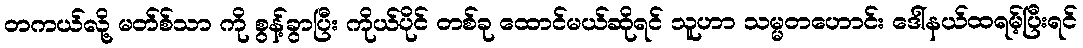
တကယ်လို့ မတ်စ်သာ ကို စွန့်ခွာပြီး ကိုယ်ပိုင် တစ်ခု ထောင်မယ်ဆိုရင် သူဟာ သမ္မတဟောင်း ဒေါ်နယ်ထရမ့်ပြီးရင်